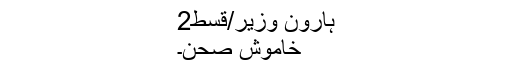
ہارون وزیر/قسط2
خاموش صحن۔